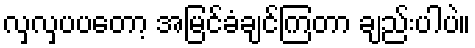
လှလှပပတော့ အမြင်ခံချင်ကြတာ ချည်းပါပဲ။